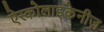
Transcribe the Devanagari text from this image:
ऐस्कोलाइकेनीज़